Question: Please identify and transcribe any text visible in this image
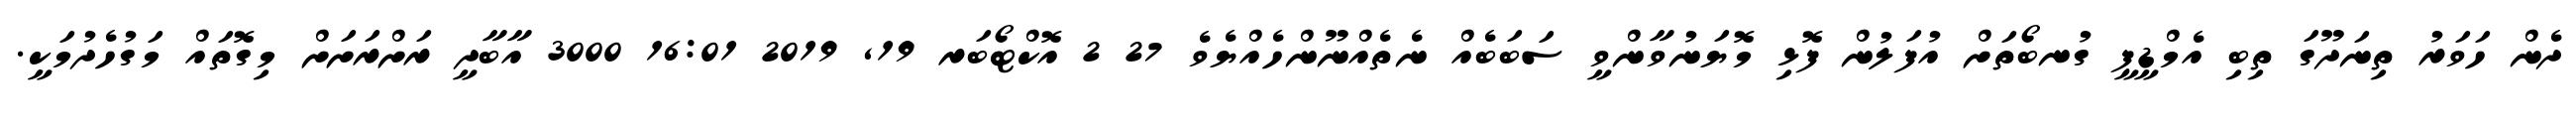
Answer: ދެން ހަވަރު ތިނަދޫގަ ތިބި އެމްޑީޕީ ގުނބޯތަށް އުފަލުން ފޮޅި މޮޔަނުވާންވީ ސަބަބެއް ނެތެއްނޫންހެއްޔެވެ 27 2 އޮކްޓޯބަރ 19, 2019 16:01 3000 އާބާދީ ރަށްރަށަށް މިގޮތައް މަގުހެދުމަކީ.